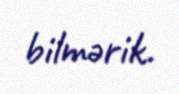
bilmərik.